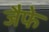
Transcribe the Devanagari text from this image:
जैफे